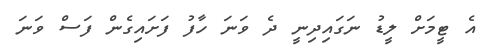
އެ ޓީމަށް ލީޑު ނަގައިދިނީ ދެ ވަނަ ހާފު ފަށައިގެން ފަސް ވަނަ